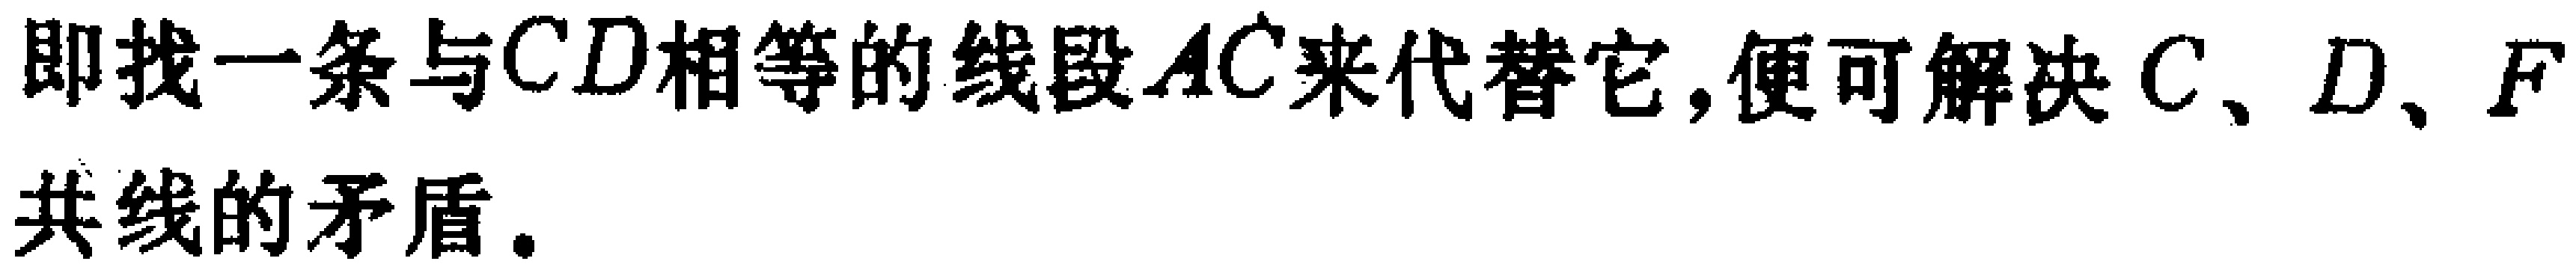
即找一条与\(CD\)相等的线段\(AC\)来代替它,便可解决\(C、D、F\)共线的矛盾.